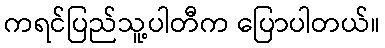
ကရင်ပြည်သူ့ပါတီက ပြောပါတယ်။